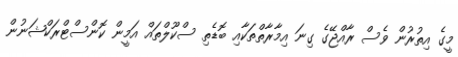
މީގެ އިތުރުން ވެސް ރާއްޖޭގެ ގިނަ އިމާރާތްތަކާއި ބޮޑެތި ސްކޫލްތައް އަމީން ކޮންސްޓްރަކްޝަނުން